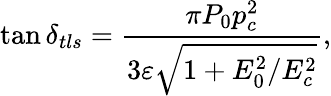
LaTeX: \tan\delta_{tls}=\frac{\pi P_{0}p_{c}^{2}}{3\varepsilon\sqrt{1+E_{0}^{2}/E_{c}^{2}}},